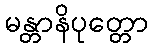
မန္တာနိပုတ္တော